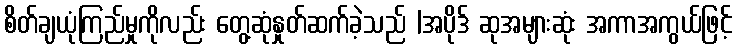
စိတ်ချယုံကြည်မှုကိုလည်း တွေ့ဆုံနှုတ်ဆက်ခဲ့သည် |အပိုဒ် ဆုအများဆုံး အကာအကွယ်ဖြင့်